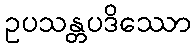
ဥပသန္တပဒိဿော